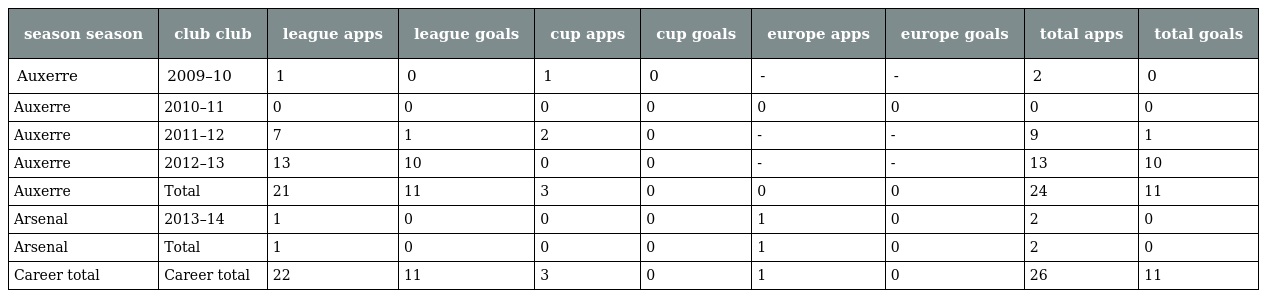
| season season | club club | league apps | league goals | cup apps | cup goals | europe apps | europe goals | total apps | total goals |
 | --- | --- | --- | --- | --- | --- | --- | --- | --- | --- |
 | Auxerre | 2009–10 | 1 | 0 | 1 | 0 | - | - | 2 | 0 |
 | Auxerre | 2010–11 | 0 | 0 | 0 | 0 | 0 | 0 | 0 | 0 |
 | Auxerre | 2011–12 | 7 | 1 | 2 | 0 | - | - | 9 | 1 |
 | Auxerre | 2012–13 | 13 | 10 | 0 | 0 | - | - | 13 | 10 |
 | Auxerre | Total | 21 | 11 | 3 | 0 | 0 | 0 | 24 | 11 |
 | Arsenal | 2013–14 | 1 | 0 | 0 | 0 | 1 | 0 | 2 | 0 |
 | Arsenal | Total | 1 | 0 | 0 | 0 | 1 | 0 | 2 | 0 |
 | Career total | Career total | 22 | 11 | 3 | 0 | 1 | 0 | 26 | 11 |